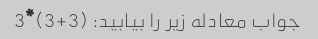
جواب معادله زیر را بیابید: (3+3)*3